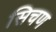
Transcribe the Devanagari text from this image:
सिचण